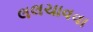
લલચાવવા